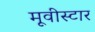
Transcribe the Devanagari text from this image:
मूवीस्टार